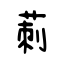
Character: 莿